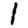
Digit: 1